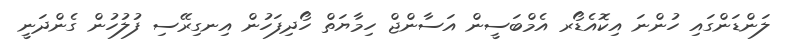
ލަންޑަންގައި ހުންނަ އިކޮއެޑޯރ އެމްބަސީން އަސާންޖް ހިމާޔަތް ހޯދިފަހުން އިނގިރޭސި ފުލުހުން ގެންދަނީ